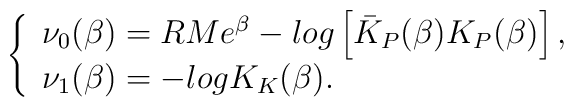
\left\{ \begin{array}{l}\nu _{0}(\beta )=RMe^{\beta }-log\left[ \bar{K}_{P}(\beta )K_{P}(\beta)\right] , \\ \nu _{1}(\beta )=-logK_{K}(\beta ).\end{array}\right.